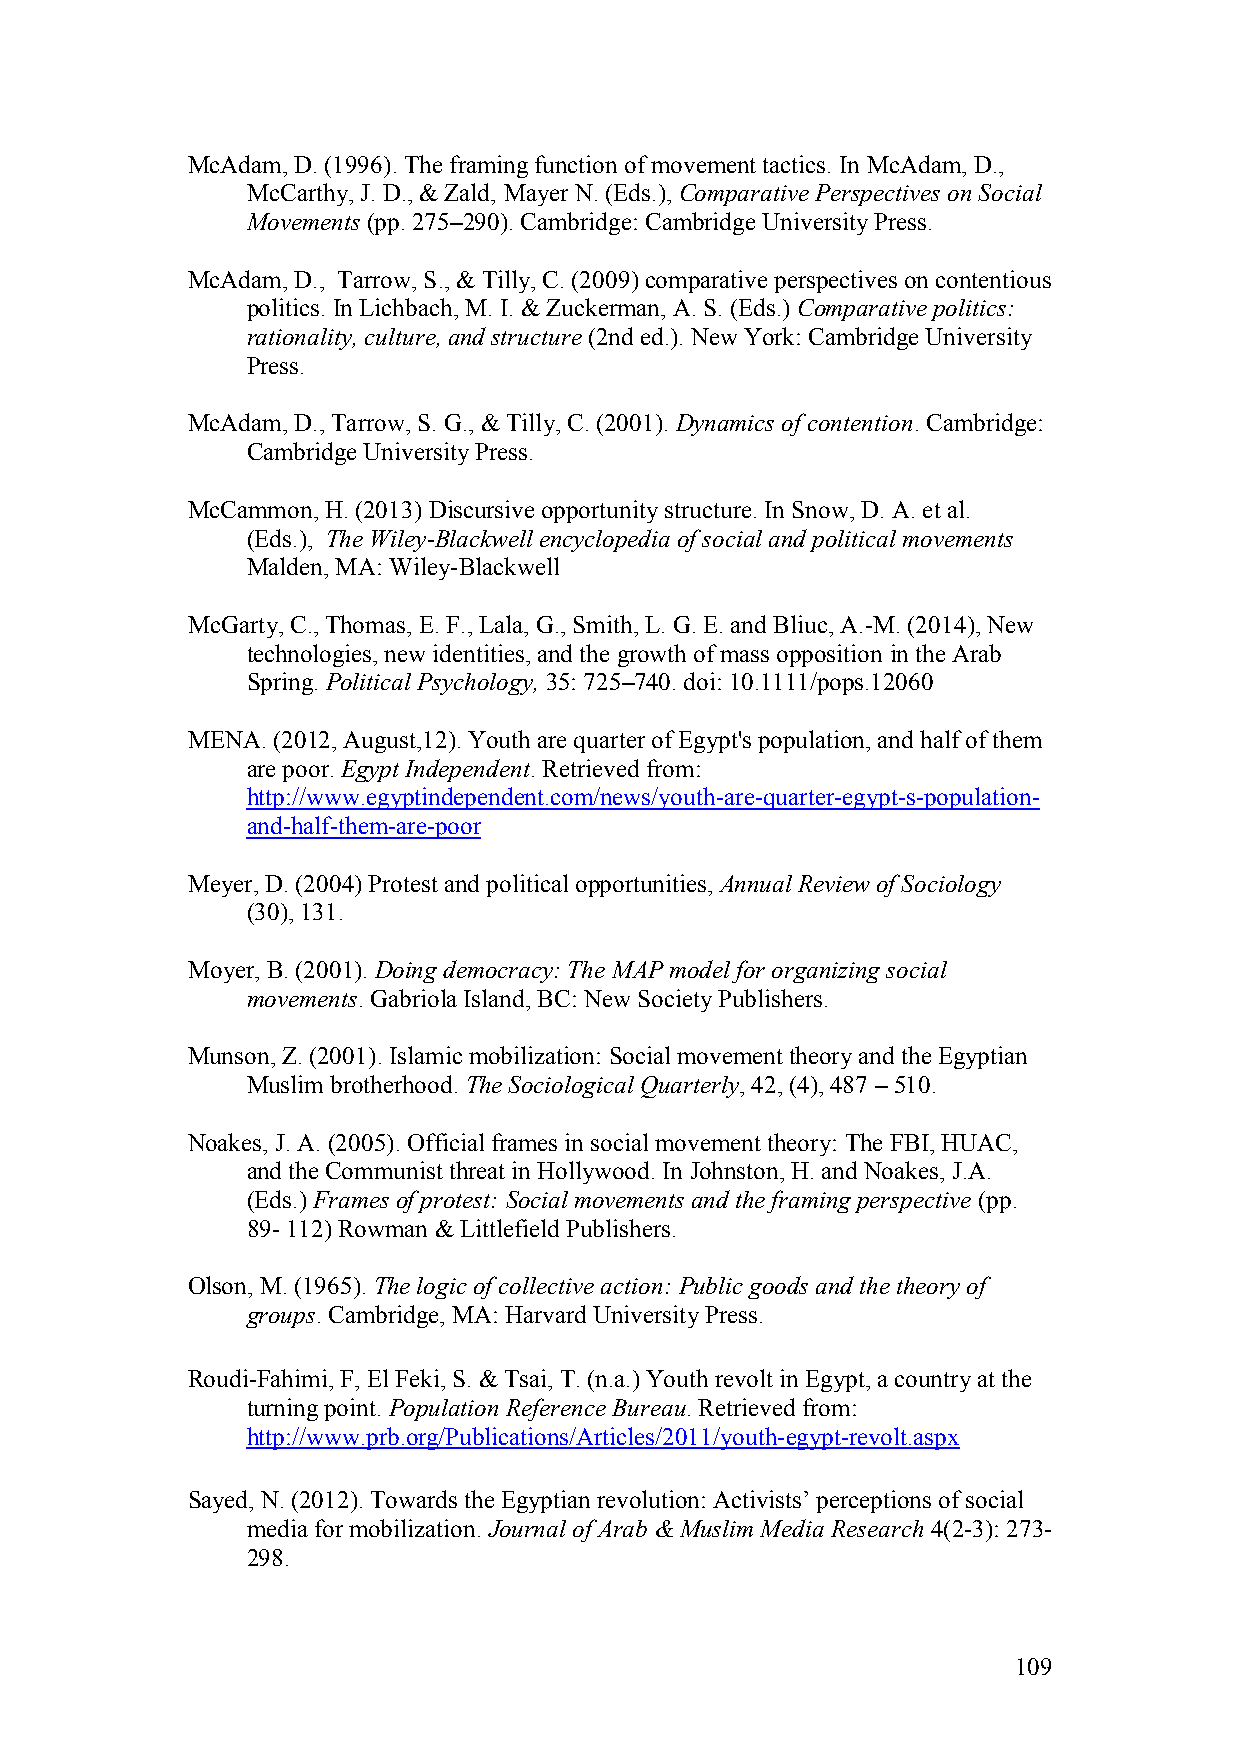
McAdam, D. (1996). The framing function of movement tactics. In McAdam, D.,
 McCarthy, J. D., & Zald, Mayer N. (Eds.), Comparative Perspectives on Social
 Movements (pp. 275–290). Cambridge: Cambridge University Press.
 McAdam, D., Tarrow, S., & Tilly, C. (2009) comparative perspectives on contentious
 politics. In Lichbach, M. I. & Zuckerman, A. S. (Eds.) Comparative politics:
 rationality, culture, and structure (2nd ed.). New York: Cambridge University
 Press.
 McAdam, D., Tarrow, S. G., & Tilly, C. (2001). Dynamics of contention. Cambridge:
 Cambridge University Press.
 McCammon, H. (2013) Discursive opportunity structure. In Snow, D. A. et al.
 (Eds.), The Wiley-Blackwell encyclopedia of social and political movements
 Malden, MA: Wiley-Blackwell
 McGarty, C., Thomas, E. F., Lala, G., Smith, L. G. E. and Bliuc, A.-M. (2014), New
 technologies, new identities, and the growth of mass opposition in the Arab
 Spring. Political Psychology, 35: 725–740. doi: 10.1111/pops.12060
 MENA. (2012, August,12). Youth are quarter of Egypt's population, and half of them
 are poor. Egypt Independent. Retrieved from:
 http://www.egyptindependent.com/news/youth-are-quarter-egypt-s-population-
 and-half-them-are-poor
 Meyer, D. (2004) Protest and political opportunities, Annual Review of Sociology
 (30), 131.
 Moyer, B. (2001). Doing democracy: The MAP model for organizing social
 movements. Gabriola Island, BC: New Society Publishers.
 Munson, Z. (2001). Islamic mobilization: Social movement theory and the Egyptian
 Muslim brotherhood. The Sociological Quarterly, 42, (4), 487 – 510.
 Noakes, J. A. (2005). Official frames in social movement theory: The FBI, HUAC,
 and the Communist threat in Hollywood. In Johnston, H. and Noakes, J.A.
 (Eds.) Frames of protest: Social movements and the framing perspective (pp.
 89- 112) Rowman & Littlefield Publishers.
 Olson, M. (1965). The logic of collective action: Public goods and the theory of
 groups. Cambridge, MA: Harvard University Press.
 Roudi-Fahimi, F, El Feki, S. & Tsai, T. (n.a.) Youth revolt in Egypt, a country at the
 turning point. Population Reference Bureau. Retrieved from:
 http://www.prb.org/Publications/Articles/2011/youth-egypt-revolt.aspx
 Sayed, N. (2012). Towards the Egyptian revolution: Activists’ perceptions of social
 media for mobilization. Journal of Arab & Muslim Media Research 4(2-3): 273-
 298.
 109